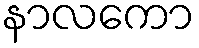
နာလကော